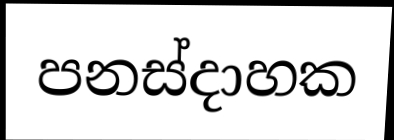
පනස්දාහක